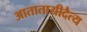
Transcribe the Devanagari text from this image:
आतातायीदैत्य